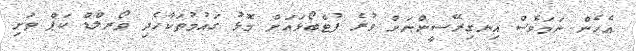
އެހެން ނަމަވެސް އިނގިރޭސީންނަށް ވުރެ ފުޓްބޯޅައަށް މޮޅު ގައުމުތަކާހެދި ވޯރލްޑް ކަޕް ތަށި